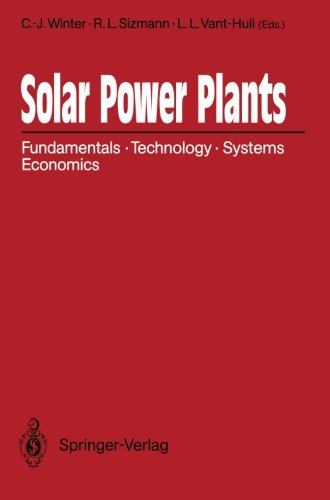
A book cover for Solar Power Plants: Fundamentals, Technology, Systems, Economics; Science & Math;